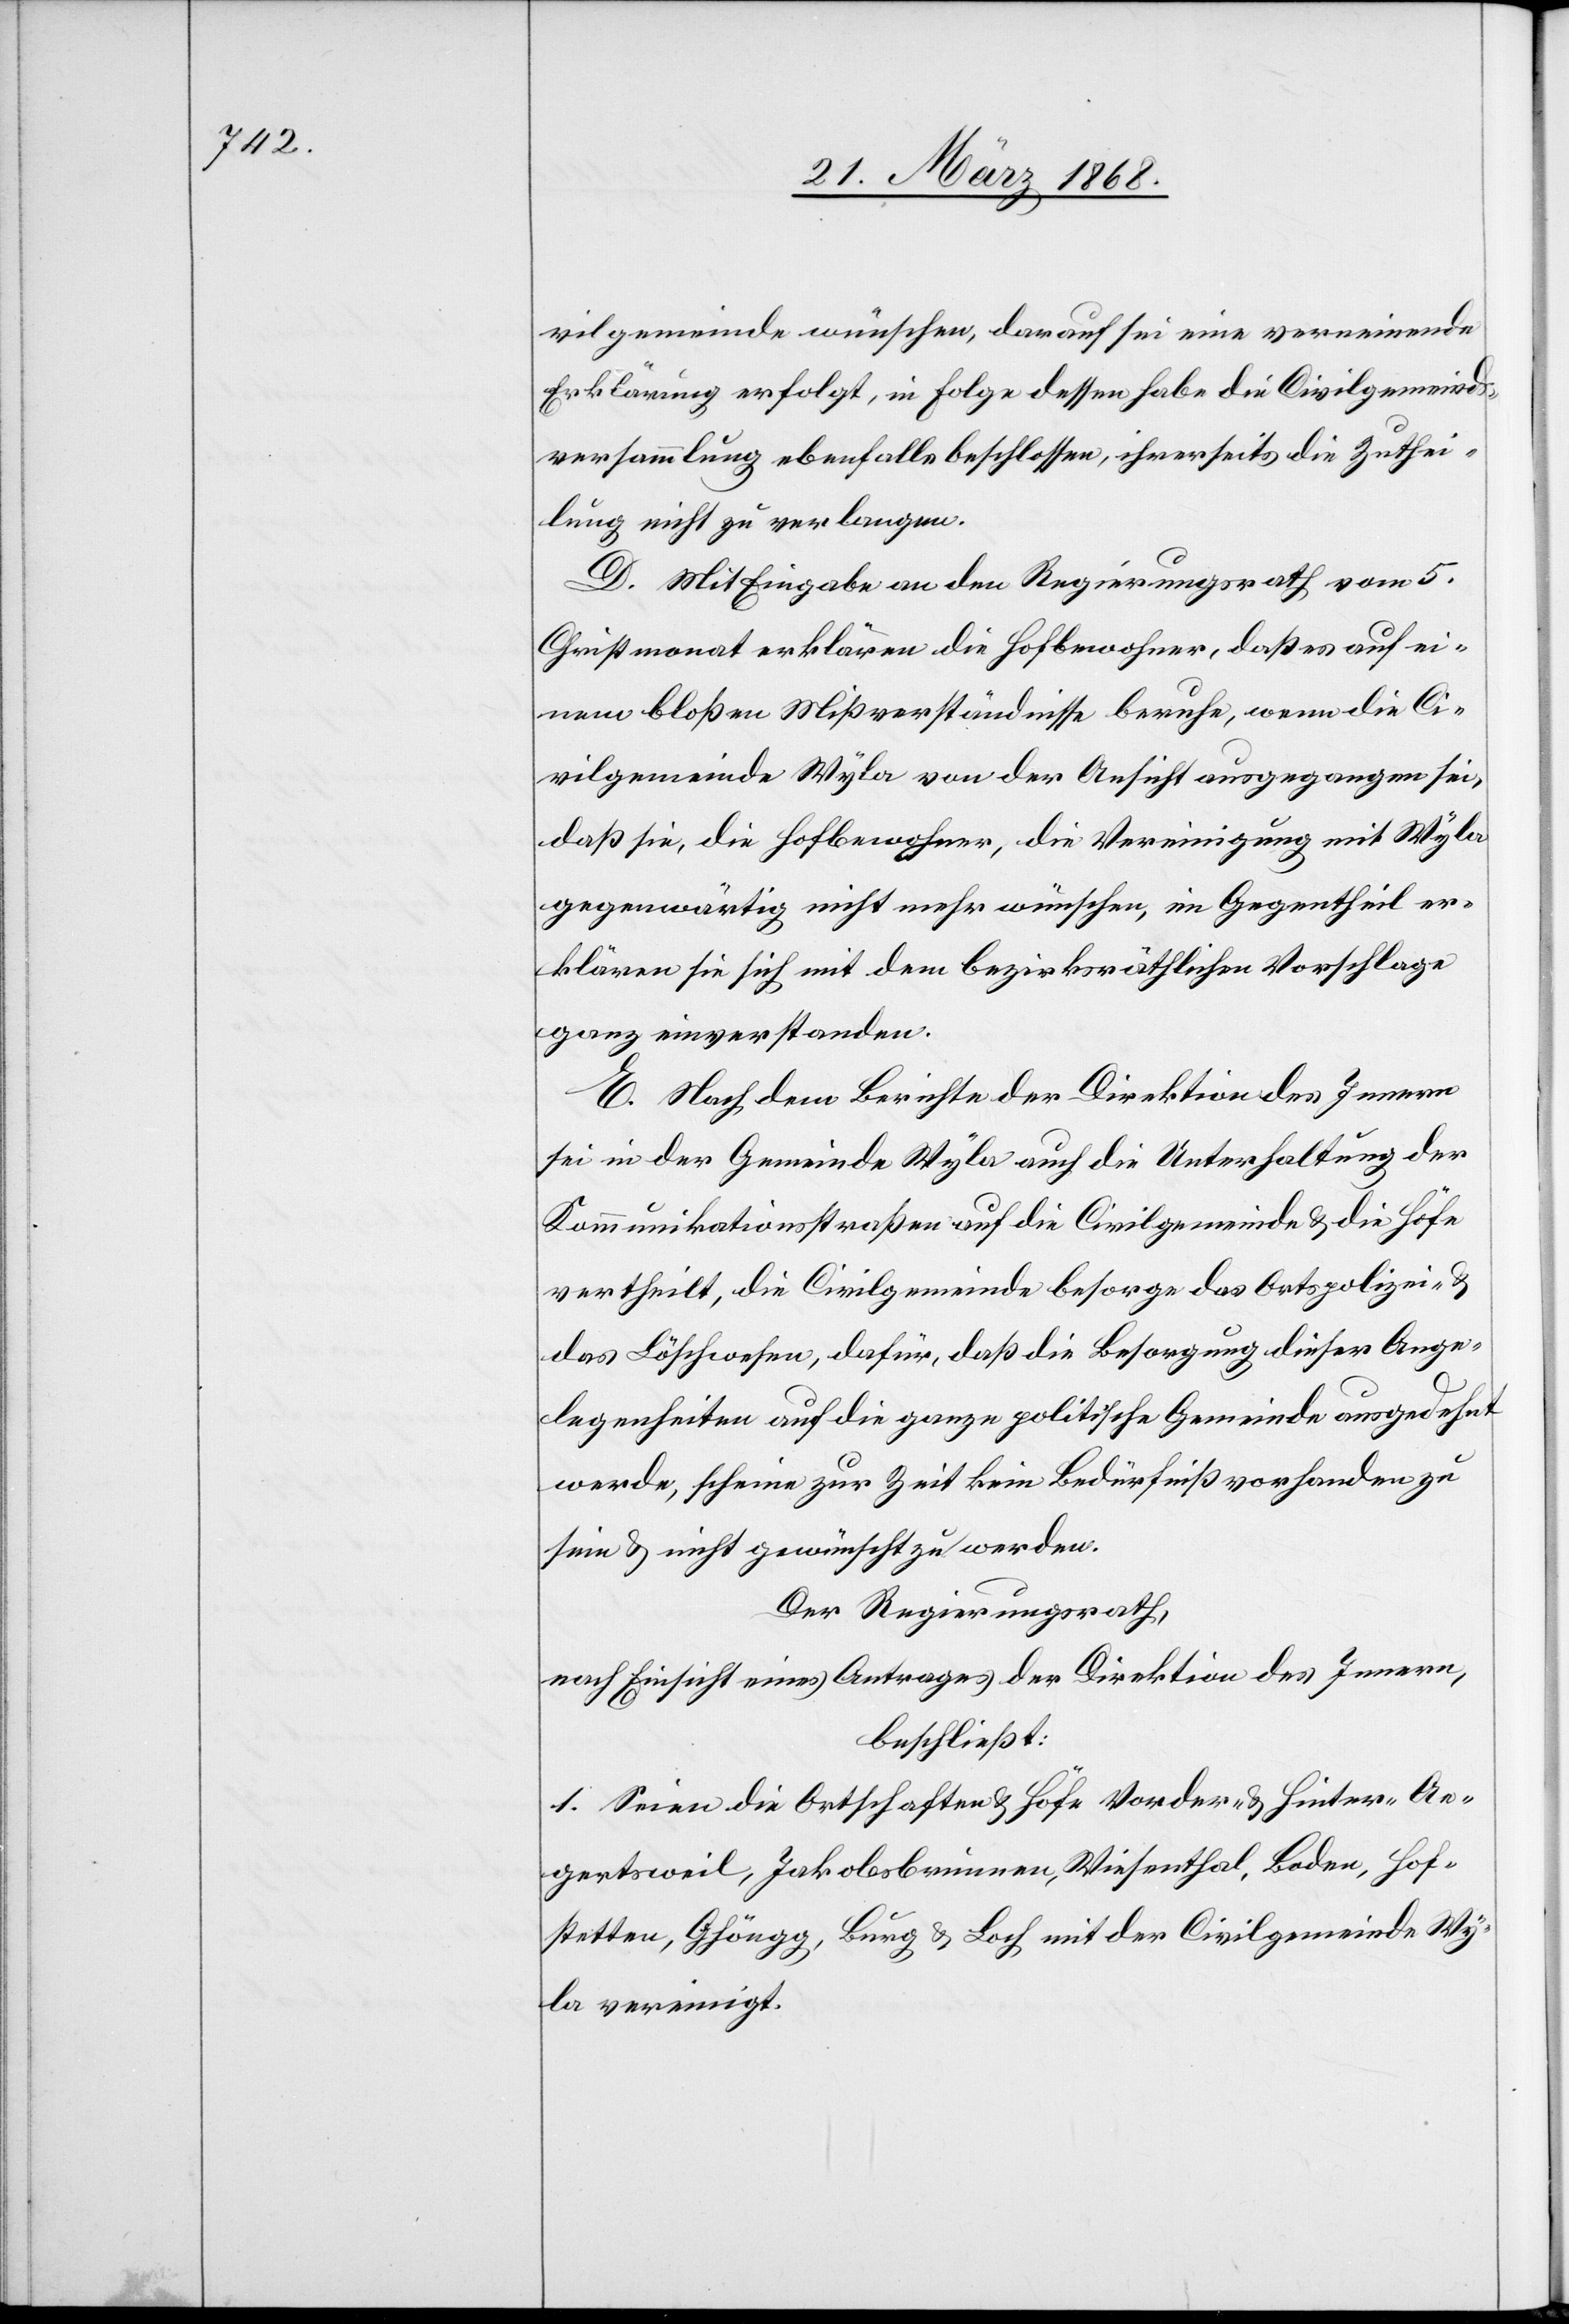
vilgemeinde wünschen, darauf sei eine verneinende
Erklärung erfolgt, in Folge dessen habe die Civilgemeinds¬
versammlung ebenfalls beschlossen, ihrerseits die Zuthei¬
lung nicht zu verlangen.
D. Mit Eingabe an den Regierungsrath vom 5.
Christmonat erklären die Hofbewohner, daß es auf ei¬
nem bloßen Mißverständnisse beruhe, wenn die Ci¬
vilgemeinde Wyla von der Ansicht ausgegangen sei,
daß sie, die Hofbewohner, die Vereinigung mit Wyla
gegenwärtig nicht mehr wünschen, im Gegentheil er¬
klären sie sich mit dem bezirksräthlichen Vorschlage
ganz einverstanden.
E. Nach dem Berichte der Direktion des Innern
sei in der Gemeinde Wyla auch die Unterhaltung der
Kommunikationsstraßen auf die Civilgemeinde & die Höfe
vertheilt, die Civilgemeinde besorge das Ortspolizei- &
das Löschwesen, dafür, daß die Besorgung dieser Ange¬
legenheiten auf die ganze politische Gemeinde ausgedehnt
werde, scheine zur Zeit kein Bedürfniß vorhanden zu
sein & nicht gewünscht zu werden.
Der Regierungsrath,
nach Einsicht eines Antrages der Direktion des Innern,
beschließt:
1. Seien die Ortschaften & Höfe Vorder- & Hinter-Ae¬
gertsweil, Jakobsbrunnen, Wiesenthal, Boden, Hof¬
stetten, Ghöngg, Burg & Loch mit der Civilgemeinde Wy¬
la vereinigt.